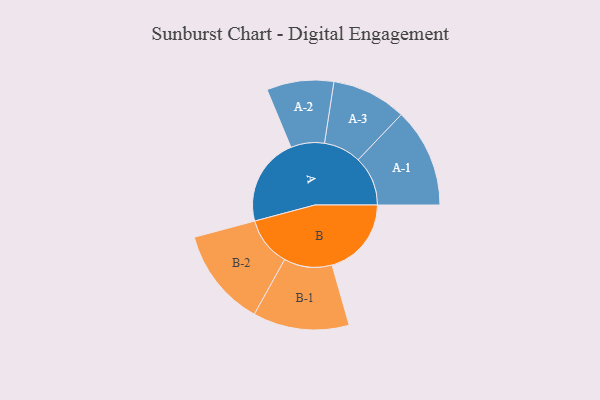
{"axis": {"x": "Segment", "y": "Value"}, "legend": ["", "A", "B"], "data": [{"x": "A", "y": 460, "type": ""}, {"x": "B", "y": 414, "type": ""}, {"x": "A-1", "y": 259, "type": "A"}, {"x": "A-2", "y": 175, "type": "A"}, {"x": "A-3", "y": 195, "type": "A"}, {"x": "B-1", "y": 251, "type": "B"}, {"x": "B-2", "y": 257, "type": "B"}]}